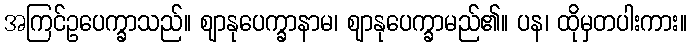
အကြင်ဥပေက္ခာသည်။ ဈာနုပေက္ခာနာမ၊ ဈာနုပေက္ခာမည်၏။ ပန၊ ထိုမှတပါးကား။